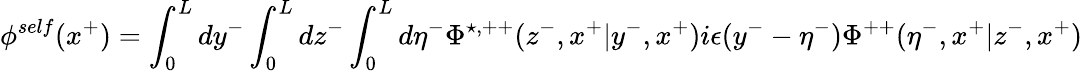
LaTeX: {\phi}^{self}(x^{+})=\int_{0}^{L}dy^{-}\int_{0}^{L}dz^{-}\int_{0}^{L}d{\eta}^{-}{\Phi}^{\star,++}(z^{-},x^{+}|y^{-},x^{+})i{\epsilon}(y^{-}-{\eta}^{-}){\Phi}^{++}({\eta}^{-},x^{+}|z^{-},x^{+})